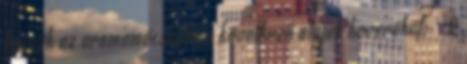
tegyük az aromamécsesbe a következő olajok keverékét: - 2